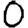
Digit: 0